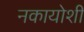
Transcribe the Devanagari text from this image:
नकायोशी